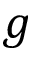
g